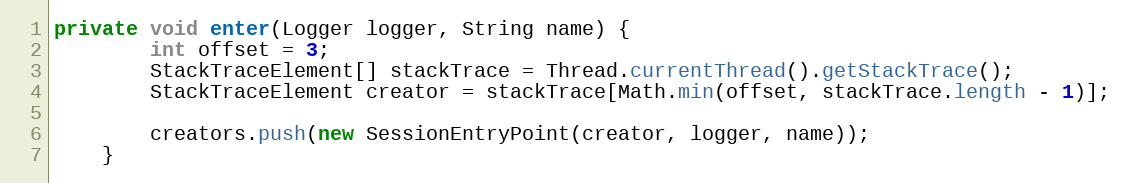
Language: Java
private void enter(Logger logger, String name) {
        int offset = 3;
        StackTraceElement[] stackTrace = Thread.currentThread().getStackTrace();
        StackTraceElement creator = stackTrace[Math.min(offset, stackTrace.length - 1)];

        creators.push(new SessionEntryPoint(creator, logger, name));
    }